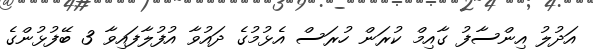
އަދުލު އިންސާފު ގާއިމް ކުރަން ހުރަސް އެޅުމުގެ ދައުވާ އުފުލާފައިވާ 3 ބޭފުޅުންގެ